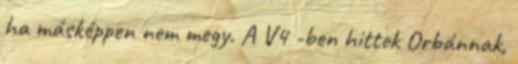
ha másképpen nem megy. A V4 -ben hittek Orbánnak,